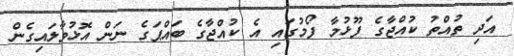
އަދި ތުއްތު ކުއްޖާގެ ފޫޅުމާ ފޯމުގައި އެ ކުއްޖާގެ ބައްޕަގެ ނަން އޮޅުވާލައިގެން